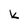
Character: k